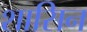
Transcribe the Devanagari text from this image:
शासिन